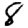
Digit: 8